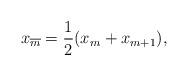
LaTeX: \begin{align*}x_{\overline m}={1\over2}(x_m+x_{m+1}),\end{align*}